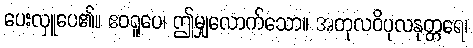
ပေးလှူပေ၏။ ဧဝရူပေ၊ ဤမျှလောက်သော။ အတုလဝိပုလနုတ္တရေ၊